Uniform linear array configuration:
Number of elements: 32
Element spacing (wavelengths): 0.75
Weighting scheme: hann
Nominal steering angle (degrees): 45
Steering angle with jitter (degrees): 43.762
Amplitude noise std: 0.05
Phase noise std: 0.05

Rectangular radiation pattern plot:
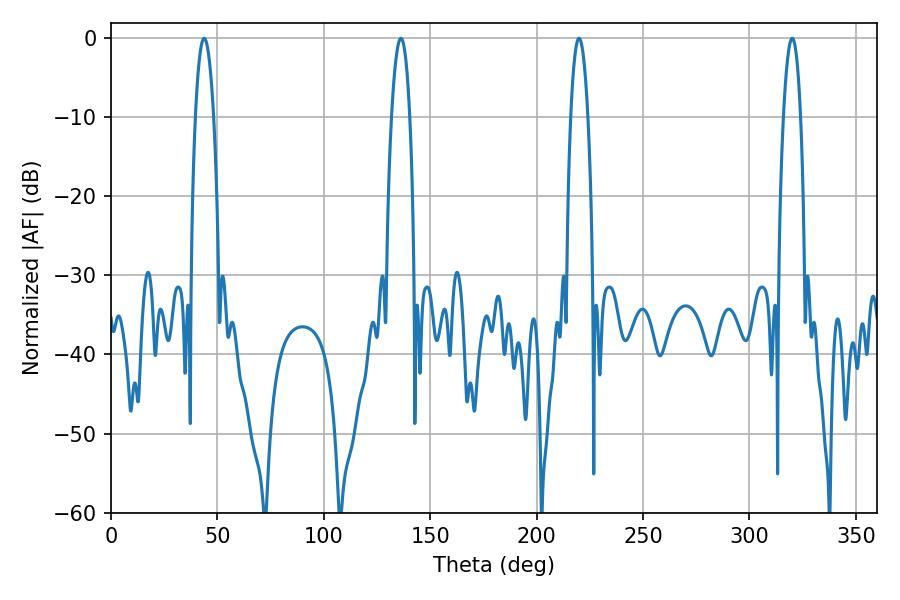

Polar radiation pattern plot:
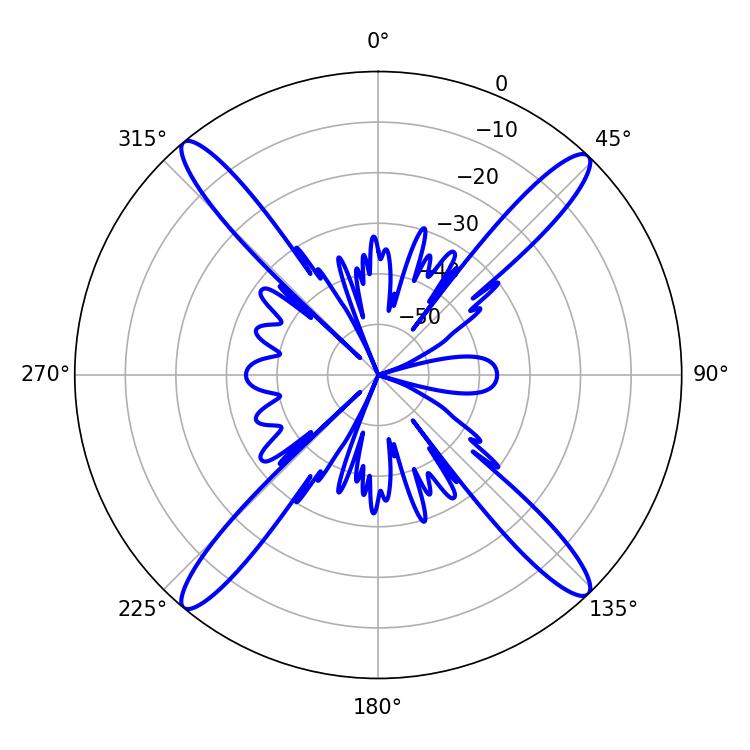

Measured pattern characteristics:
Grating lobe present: TRUE
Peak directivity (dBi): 21.066
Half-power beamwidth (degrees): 4.86
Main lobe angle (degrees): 43.74